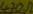
Text: 470Ω